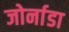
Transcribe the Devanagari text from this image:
जोर्नाडा